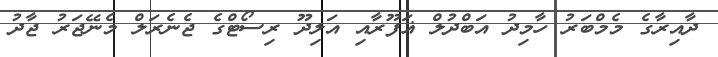
ދާއިރާގެ މެމްބަރު ހާމިދު އަބްދުލް ޣަފޫރާއި އަލިދޫ ރިސޯޓްގެ ޖެނެރަލް މެނޭޖަރު ޖާދު